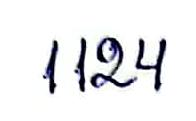
1124